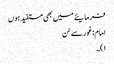
فرمایئے میں بھی مستفید ہوں
امام: غورسے سُن
۱)۔